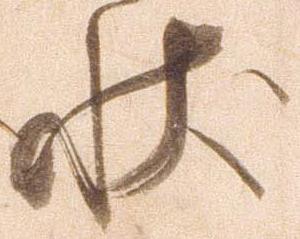
状